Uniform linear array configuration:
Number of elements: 64
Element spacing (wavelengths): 0.25
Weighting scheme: kaiser
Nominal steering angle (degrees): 15
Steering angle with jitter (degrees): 16.14
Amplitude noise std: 0.05
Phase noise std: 0.05

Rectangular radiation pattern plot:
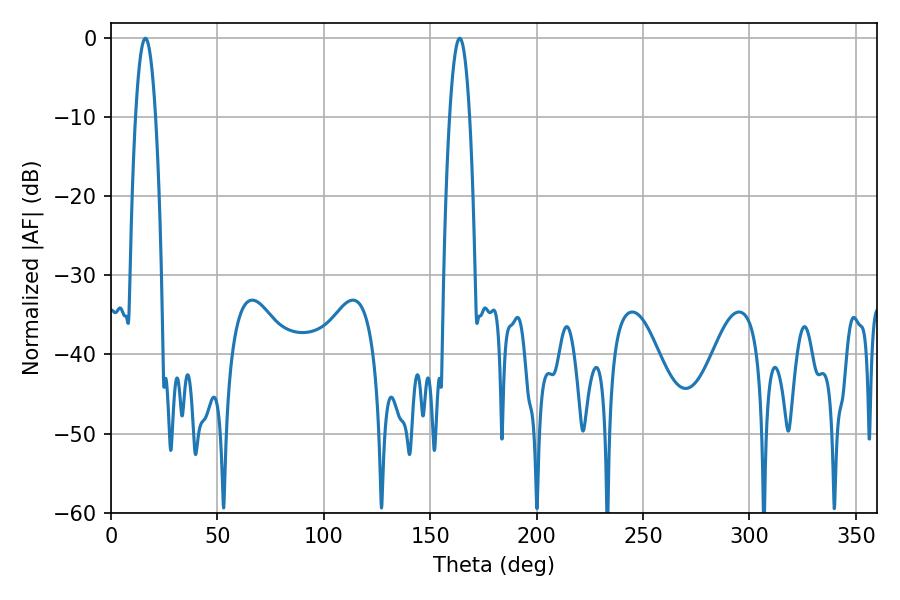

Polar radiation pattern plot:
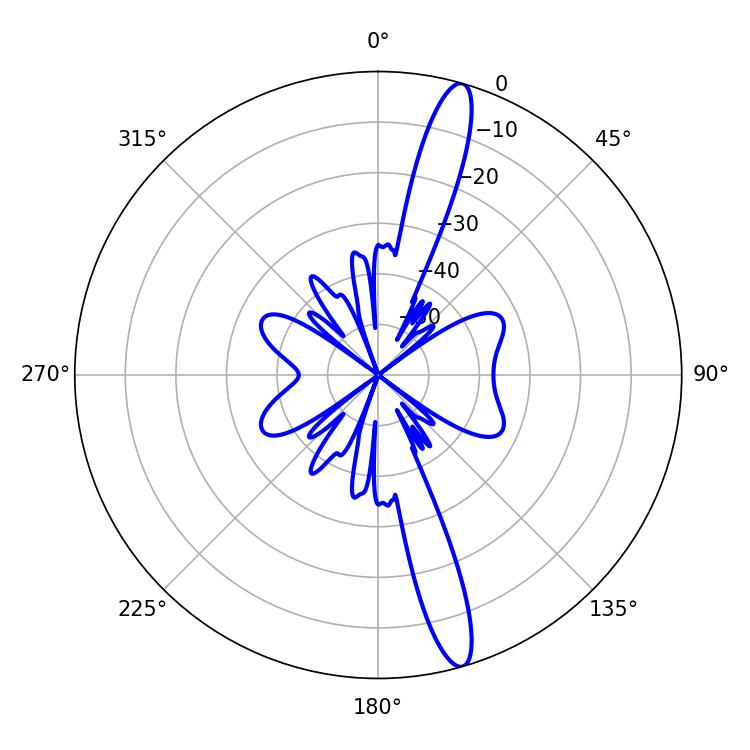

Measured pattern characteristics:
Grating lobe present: FALSE
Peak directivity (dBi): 15.635
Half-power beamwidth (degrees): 5.22
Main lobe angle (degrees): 16.2